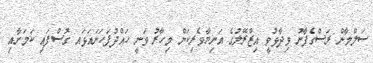
ސަލްމާން ރަސްގެފާނު ވިދާޅުވީ އިޒްރޭލުގެ އަނިޔާވެރިކަން މިހާރު ވަނީ ހައްދުފަހަނައަޅައ ގޮސްފައި ކަމަށާއި